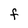
Character: F